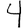
Digit: 4